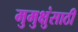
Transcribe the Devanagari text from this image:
मुमुक्षुंसाठी